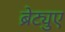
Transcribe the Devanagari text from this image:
ब्रेट्युए